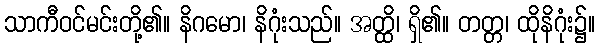
သာကီဝင်မင်းတို့၏။ နိဂမော၊ နိဂုံးသည်။ အတ္ထိ၊ ရှိ၏။ တတ္တ၊ ထိုနိဂုံး၌။